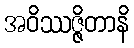
အဝိဿဇ္ဇိတာနိ